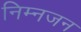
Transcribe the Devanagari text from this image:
निम्नजन